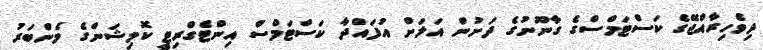
ދިވެހިރާއްޖޭގެ ކަސްޓަމްސްގެ ގާނޫނުގެ ދަށުން އަލަށް އުފައްދާ ކަސްޓަމްސް އިންޓެގްރިޓީ ކޮމިޝަންގެ މެންބަރު